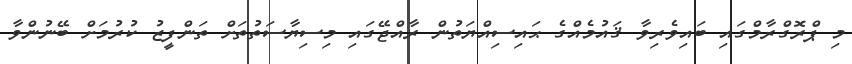
މި ޕްރޮގްރާމްގައި ބައިވެރިވާ ޤައުމެއްގެ ޙައިސިއްޔަތުން ރާއްޖޭގައި މިސިޔާސަތުތަށް ތަންފީޒު ކުރުމަށް ބޭނުންވާ